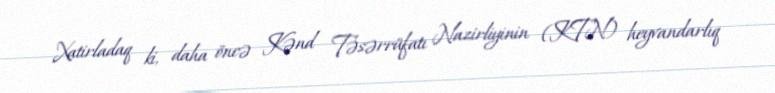
Xatirladaq ki, daha öncə Kənd Təsərrüfatı Nazirliyinin (KTN) heyvandarlıq